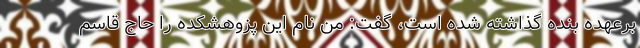
برعهده بنده گذاشته شده است، گفت: من نام این پزوهشکده را حاج قاسم